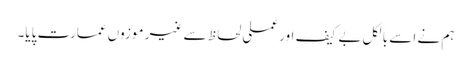
ہم نے اسے بالکل بے کیف اور عملی لحاظ سے غیر موزوں عمارت پایا۔